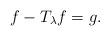
LaTeX: \begin{align*} f - T_{\lambda} f =g.\end{align*}